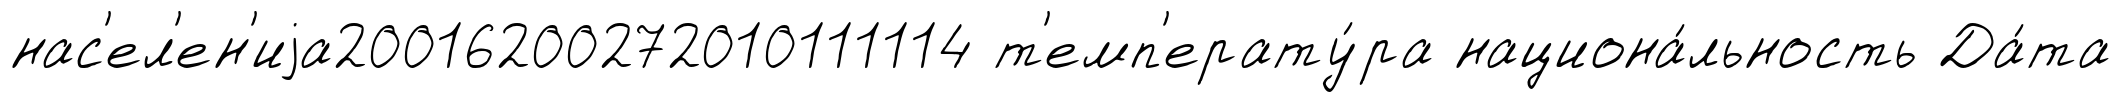
нас'ел'ен'иjа20016200272010111114 т'емп'ерату́ра национа́льность Да́та